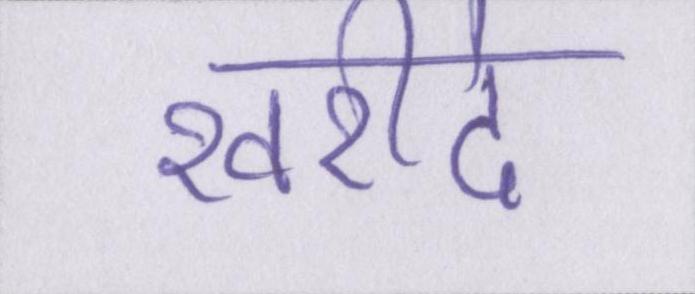
खरीदे